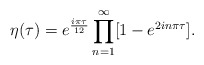
\begin{align*}\displaystyle\eta(\tau)= e^{\frac{i\pi\tau}{12}} \prod_{n=1}^{\infty} [ 1 -e^{2in\pi\tau} ] .\end{align*}